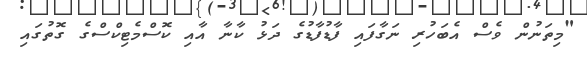
"މިތަނުން ވެސް އެބަހުރި ނަގާފައި ފާޑުފާޑުގެ ދަޅު ކާނާ އާއި ކޮސްމެޓިކްސްގެ ގޮތުގައި